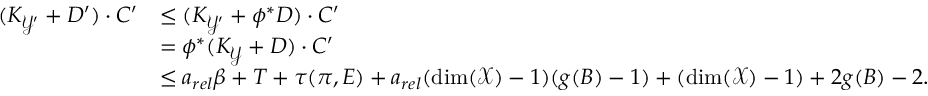
\begin{array} { r l } { ( K _ { \mathcal { Y ^ { \prime } } } + D ^ { \prime } ) \cdot C ^ { \prime } } & { \leq ( K _ { \mathcal { Y ^ { \prime } } } + \phi ^ { * } D ) \cdot C ^ { \prime } } \\ & { = \phi ^ { * } ( K _ { \mathcal { Y } } + D ) \cdot C ^ { \prime } } \\ & { \leq a _ { r e l } \beta + T + \tau ( \pi , E ) + a _ { r e l } ( \dim ( \mathcal { X } ) - 1 ) ( g ( B ) - 1 ) + ( \dim ( \mathcal { X } ) - 1 ) + 2 g ( B ) - 2 . } \end{array}